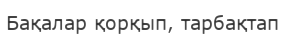
Бақалар қорқып, тарбақтап